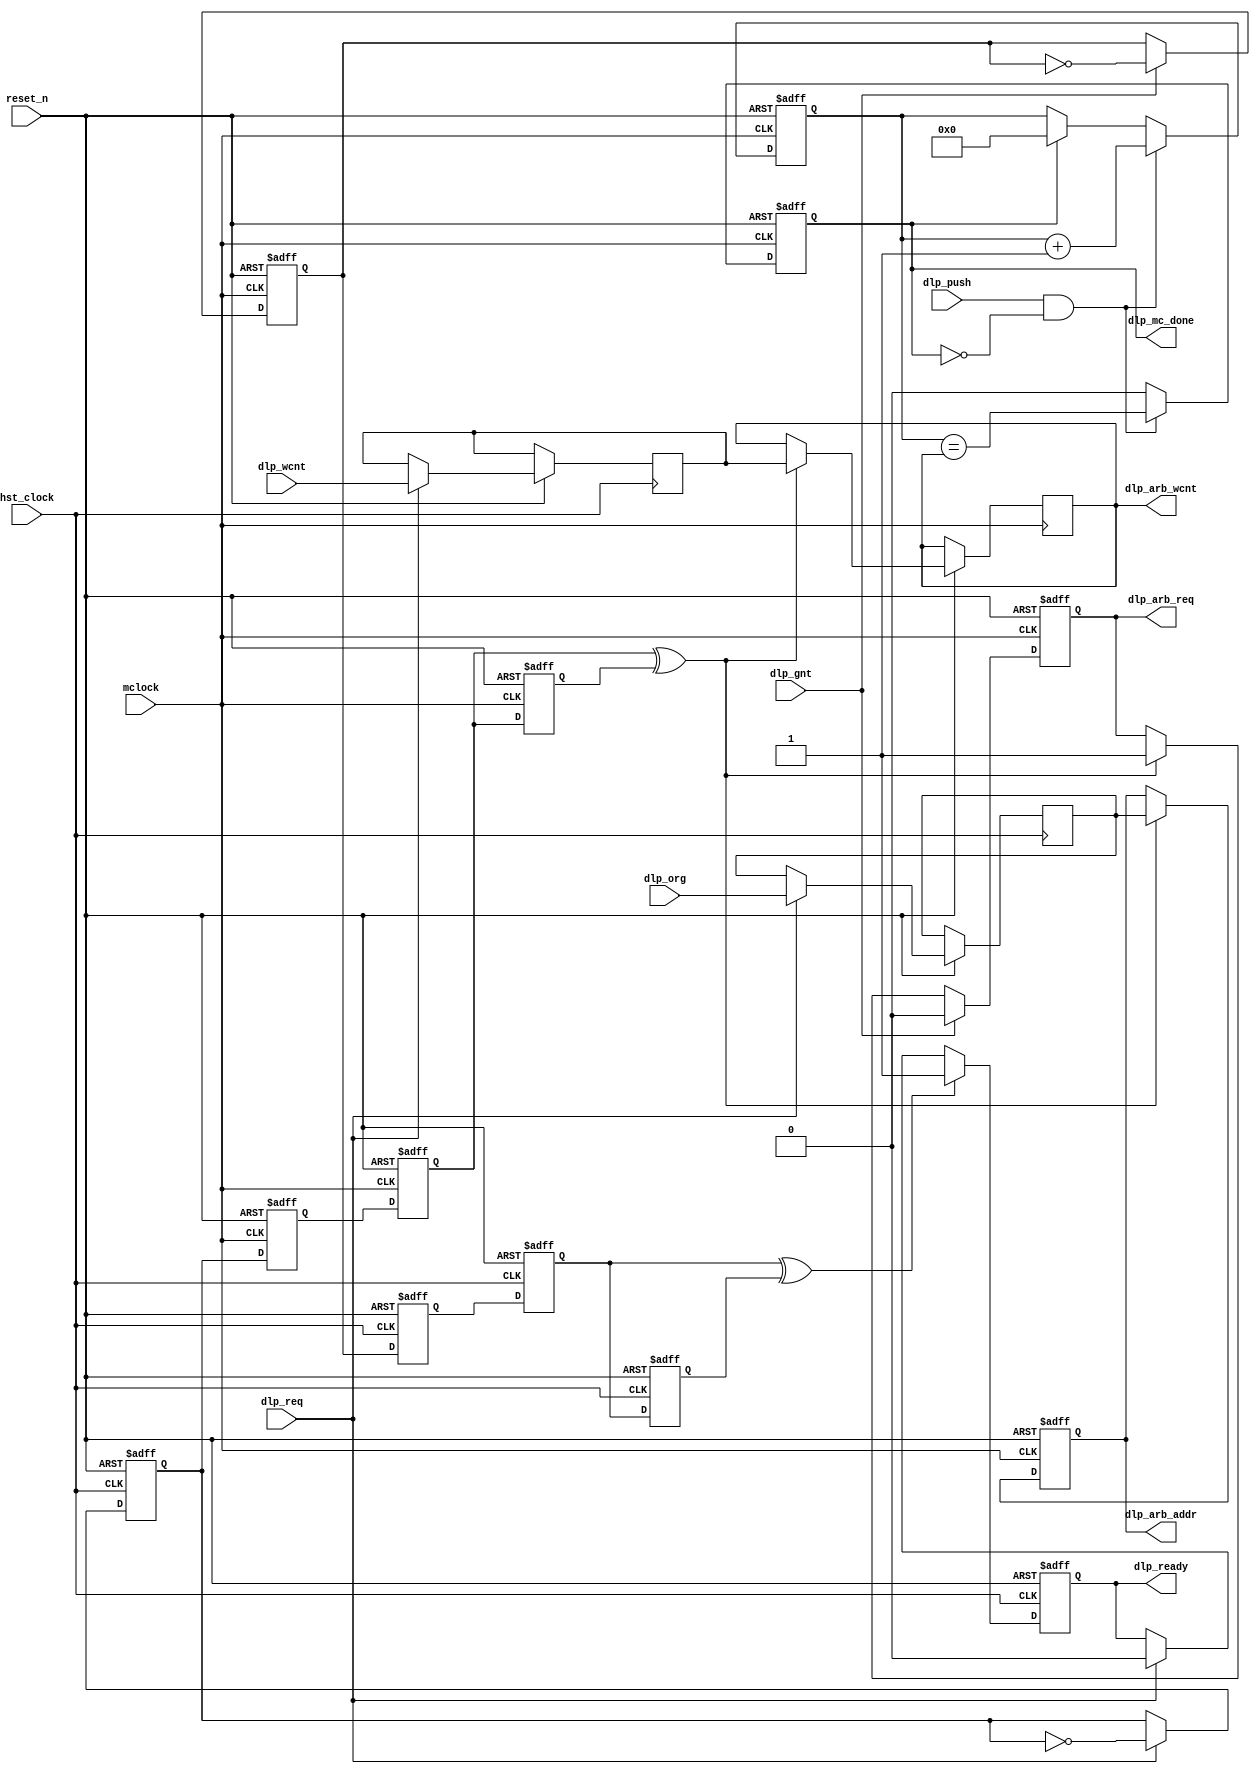
module mc_dlp
  #(parameter           BYTES = 16)
  (
   input                reset_n,
   input                mclock,
   input                hst_clock,
   input                dlp_req,
   input [4:0]          dlp_wcnt,
   input [27:0]         dlp_org,
   input                dlp_gnt,
   input                dlp_push,
   output reg           dlp_mc_done,
   output reg           dlp_arb_req,
   output reg [4:0]     dlp_arb_wcnt,
   output reg [27:0]    dlp_arb_addr,
   output reg           dlp_ready
   );
  reg [27:0]    capt_org;
  reg [4:0]     capt_wcnt;
  reg           dlp_req_toggle;
  reg           req_sync_1, req_sync_2, req_sync_3;
  reg           dlp_gnt_toggle;
  reg           gnt_sync_1, gnt_sync_2, gnt_sync_3;
  reg [1:0]     request_count;
  reg [4:0]     dlp_count;
  localparam    DLP = 3'h1;
  always @ (posedge hst_clock or negedge reset_n) begin
    if(!reset_n) begin
      dlp_ready      <= 1'b1;
      dlp_req_toggle <= 1'b0;
      gnt_sync_1     <= 1'b0;
      gnt_sync_2     <= 1'b0;
      gnt_sync_3     <= 1'b0;
    end else begin
      if(dlp_req==1'b1) begin
        dlp_req_toggle <= ~dlp_req_toggle;
        capt_org  <= dlp_org;
        capt_wcnt <= dlp_wcnt;
        dlp_ready <= 1'b0;
      end 
      gnt_sync_1 <= dlp_gnt_toggle;
      gnt_sync_2 <= gnt_sync_1;
      gnt_sync_3 <= gnt_sync_2;
      if(gnt_sync_2 ^ gnt_sync_3) dlp_ready <= 1'b1;
    end 
  end 
  always @ (posedge mclock or negedge reset_n) begin
    if(!reset_n) begin
      dlp_arb_req    <= 1'b0;
      dlp_gnt_toggle <= 1'b0;
      req_sync_1     <= 1'b0;
      req_sync_2     <= 1'b0;
      req_sync_3     <= 1'b0;
      dlp_mc_done    <= 1'b0;
      dlp_arb_addr   <= 28'b0;
      dlp_arb_req    <= 1'b0;
      dlp_count      <= 5'b0;
    end else begin
      req_sync_1 <= dlp_req_toggle;
      req_sync_2 <= req_sync_1;
      req_sync_3 <= req_sync_2;
      if(req_sync_2 ^ req_sync_3) begin
        dlp_arb_addr <= capt_org;
        dlp_arb_req  <= 1'b1;
        dlp_arb_wcnt <= capt_wcnt;
      end 
      if(dlp_gnt==1'b1) begin
        dlp_arb_req <= 1'b0;
        dlp_gnt_toggle <= ~dlp_gnt_toggle;
      end 
      if (dlp_push && ~dlp_mc_done)
        	dlp_count <= dlp_count + 5'h1;
      else if(dlp_mc_done)
        	dlp_count <= 5'h0;
      if (dlp_push && ~dlp_mc_done) begin
        if (BYTES == 4)      dlp_mc_done <= &dlp_count;		
        else if (BYTES == 8) dlp_mc_done <= dlp_count[0];	
        else 		     dlp_mc_done <= (dlp_count == dlp_arb_wcnt);
      end 
      else dlp_mc_done <= 1'b0;
    end 
  end 
endmodule